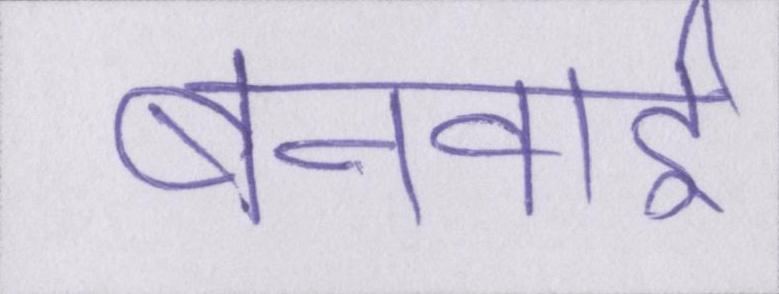
बनवाई